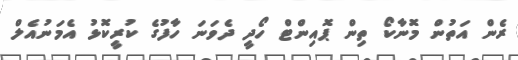
ރެން އަތުން މޮނާކޯ ތިން ޕޮއިންޓް ހޯދީ ދެވަނަ ހާފުގެ ކުރީކޮޅު އެމަނުއެލް